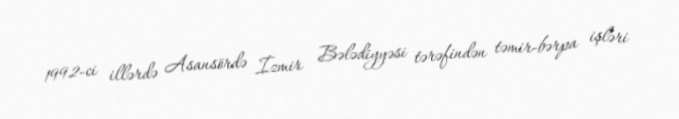
1992-ci illərdə Asansördə İzmir Bələdiyyəsi tərəfindən təmir-bərpa işləri